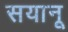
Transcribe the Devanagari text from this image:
सयानू